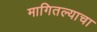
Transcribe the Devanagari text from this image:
मागितल्याचा